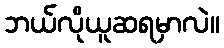
ဘယ်လိုယူဆရမှာလဲ။